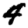
Digit: 4